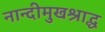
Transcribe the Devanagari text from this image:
नान्दीमुखश्राद्ध